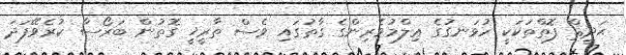
ޙަދީޘް ފޮތްތަކަކީ ހުޅަނގުގެ ޢިލްމުވެރިންގެ ގާތުގައި ވެސް ތާރީޚީ ގޮތުން ބަރޯސާ ކުރެވޭފަދަ